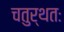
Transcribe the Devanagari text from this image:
चतुर्थतः